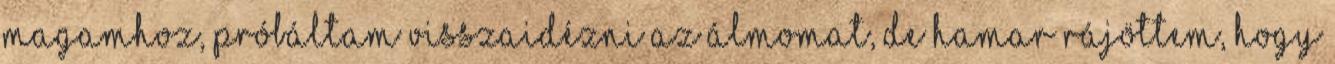
magamhoz, próbáltam visszaidézni az álmomat, de hamar rájöttem, hogy